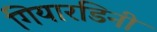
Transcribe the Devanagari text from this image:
गियारडिनी